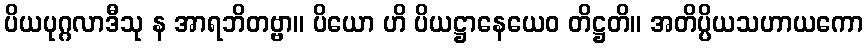
ပိယပုဂ္ဂလာဒီသု န အာရဘိတဗ္ဗာ။ ပိယော ဟိ ပိယဋ္ဌာနေယေဝ တိဋ္ဌတိ။ အတိပ္ပိယသဟာယကော